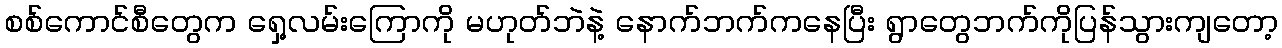
စစ်ကောင်စီတွေက ရှေ့လမ်းကြောကို မဟုတ်ဘဲနဲ့ နောက်ဘက်ကနေပြီး ရွာတွေဘက်ကိုပြန်သွားကျတော့